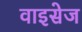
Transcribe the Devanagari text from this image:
वाइसेज